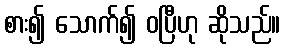
စား၍ သောက်၍ ဝပြီဟု ဆိုသည်။